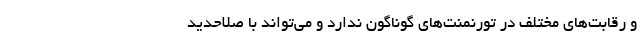
و رقابت‌های مختلف در تورنمنت‌های گوناگون ندارد و می‌تواند با صلاحدید